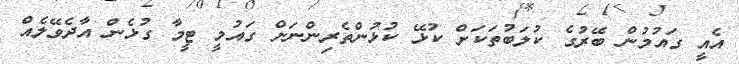
އެއީ ގައުމުން ބޭރުގެ ކުލަބުތަކަށް ކުޅޭ ކުޅުންތެރިންނަށް ގައުމީ ޓީމާ ގުޅެން އާދެވޭލެއް